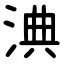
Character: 淟